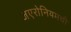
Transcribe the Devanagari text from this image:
जएरोनियमची